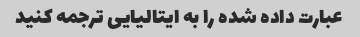
عبارت داده شده را به ایتالیایی ترجمه کنید